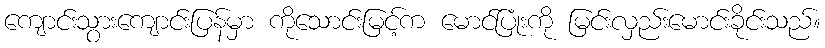
ကျောင်းသွားကျောင်းပြန်မှာ ကိုသောင်းမြင့်က မောင်ပြုံးကို မြင်းလှည်းမောင်းခိုင်းသည်။